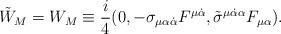
LaTeX: \begin{align*}\tilde W_{M} =W_{M} \equiv{i\over 4} (0,-\sigma _{\mu\alpha{\dot\alpha}}F^{\mu{\dot\alpha}},{\tilde\sigma}^{\mu{\dot\alpha}\alpha}F_{\mu\alpha}).\end{align*}